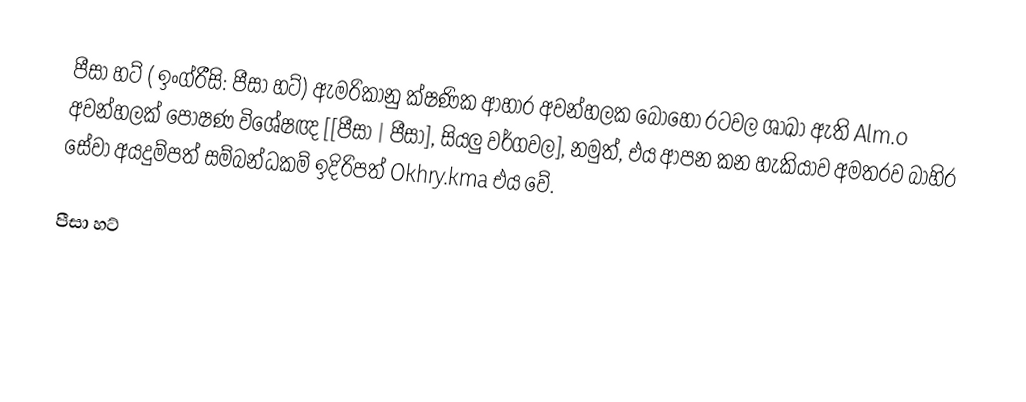
පීසා හට් ( ඉංග්රීසි: පීසා හට්) ඇමරිකානු ක්ෂණික ආහාර අවන්හලක බොහෝ රටවල ශාඛා ඇති Alm.o අවන්හලක් පෝෂණ විශේෂඥ [[පීසා | පීසා], සියලු වර්ගවල], නමුත්, එය ආපන කන හැකියාව අමතරව බාහිර සේවා අයදුම්පත් සම්බන්ධකම් ඉදිරිපත් Okhry.kma එය වේ.

 පීසා හට්